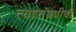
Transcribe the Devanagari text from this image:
त्यासंबधीची